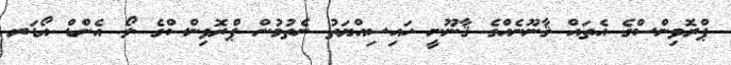
ޕްރޮވިންސްގެ އެތައް ޤާނޫނެއްގެ ޤާނޫނީ ހައިސިއްޔަތު ނެތުމުން ޕްރޮވިންސްގެ ލޯ އެންޑް އޯޑަރ